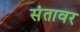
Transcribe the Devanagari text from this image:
संतावर